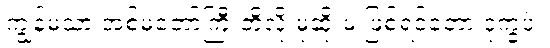
ကျွန်မသာ အစ်မတော်ကြီးတို့လို မုဆိုးမ ဖြစ်ရင်တော့ ဒုက္ခပဲ။